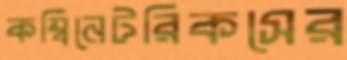
কম্বিনেটরিকসের